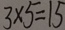
3 \times 5 = 1 5